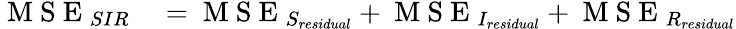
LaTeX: \begin{array}{rl}{\mathrm{~M~S~E~}_{SIR}}&{{}=\mathrm{~M~S~E~}_{S_{residual}}+\mathrm{~M~S~E~}_{I_{residual}}+\mathrm{~M~S~E~}_{R_{residual}}}\end{array}